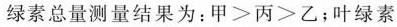
绿素总量测量结果为：$$甲 > 丙 >乙$$：叶绿素